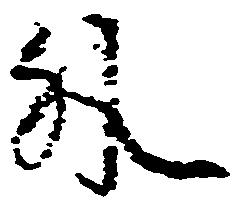
外